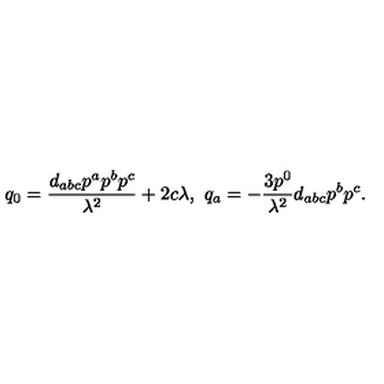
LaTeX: q _ { 0 } = { \frac { d _ { a b c } p ^ { a } p ^ { b } p ^ { c } } { \lambda ^ { 2 } } } + 2 c \lambda , \ q _ { a } = - { \frac { 3 p ^ { 0 } } { \lambda ^ { 2 } } } d _ { a b c } p ^ { b } p ^ { c } .